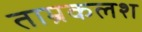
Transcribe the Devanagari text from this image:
ताम्रकलश